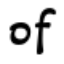
of